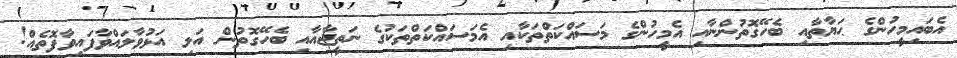
އެބައިމީހުންގެ ޙަޔާތާއި ބެހޭގޮތުންނާއި އެމީހުންގެ މަސައްކަތްތަކާއި އެމަސައްކަތްތަކުގެ ނަތީޖާއާއި ބެހޭގޮތުން އަލި އަޅުވާލައްވާފައިވާފޮތެއް!